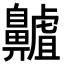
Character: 齇